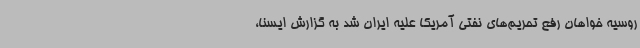
روسیه خواهان رفع تحریم‌های نفتی آمریکا علیه ایران شد به گزارش ایسنا،